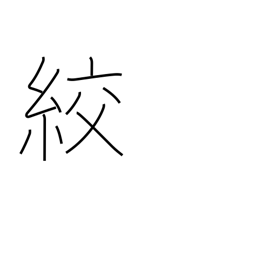
Meaning: strangle